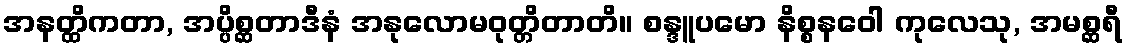
အနတ္ထိကတာ, အပ္ပိစ္ဆတာဒီနံ အနုလောမဝုတ္တိတာတိ။ စန္ဒူပမော နိစ္စနဝေါ ကုလေသု, အမစ္ဆရီ